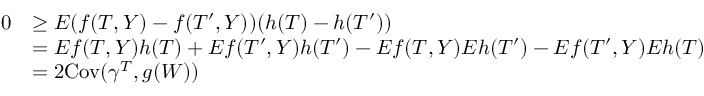
\begin{array} { r l } { 0 } & { \geq E ( f ( T , Y ) - f ( T ^ { \prime } , Y ) ) ( h ( T ) - h ( T ^ { \prime } ) ) } \\ & { = E f ( T , Y ) h ( T ) + E f ( T ^ { \prime } , Y ) h ( T ^ { \prime } ) - E f ( T , Y ) E h ( T ^ { \prime } ) - E f ( T ^ { \prime } , Y ) E h ( T ) } \\ & { = 2 \mathrm { C o v } ( \gamma ^ { T } , g ( W ) ) } \end{array}